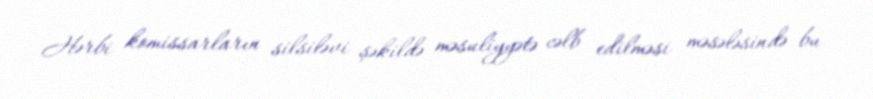
Hərbi komissarların silsiləvi şəkildə məsuliyyətə cəlb edilməsi məsələsində bu